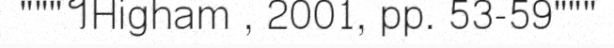
"""។Higham , 2001, pp. 53-59"""